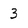
Character: 3